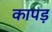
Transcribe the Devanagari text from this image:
कापड़